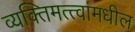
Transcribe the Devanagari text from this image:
व्यक्तिमत्त्वांमधील